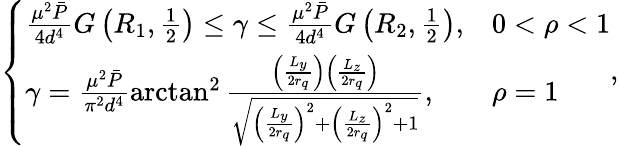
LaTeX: \left\{ \begin{array}{ll}{\frac{\mu^{2}\bar{P}}{4d^{4}}G\left(R_{1},\frac 12\right)\leq\gamma\leq\frac{\mu^{2}\bar{P}}{4d^{4}}G\left(R_{2},\frac 12\right),}&{0<\rho<1}\\ {\gamma=\frac{\mu^{2}\bar{P}}{\pi^{2}d^{4}}\arctan^{2}\frac{\left(\frac{L_{y}}{2r_{q}}\right)\left(\frac{L_{z}}{2r_{q}}\right)}{\sqrt{\left(\frac{L_{y}}{2r_{q}}\right)^{2}+\left(\frac{L_{z}}{2r_{q}}\right)^{2}+1}},}&{\rho=1}\end{array}\right.,